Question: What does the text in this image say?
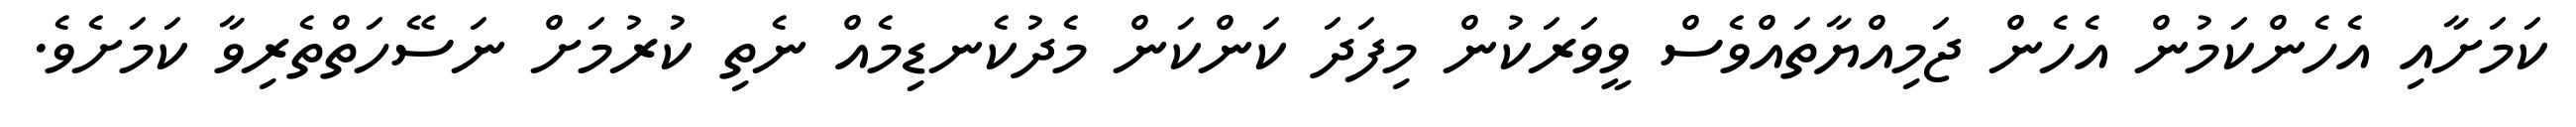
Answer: ކަމަށާއި އެހެންކަމުން އެހެން ޖަމިއްޔާތައްވެސް ވީވަރަކުން މިފަދަ ކަންކަން މެދުކެނޑިމެއް ނެތި ކުރުމަށް ނަސޭހަތްތެރިވާ ކަމަށެވެ.